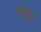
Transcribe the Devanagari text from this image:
लैट्टर